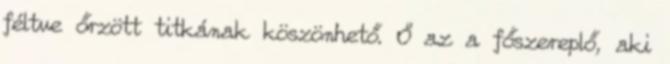
féltve őrzött titkának köszönhető. Ő az a főszereplő, aki